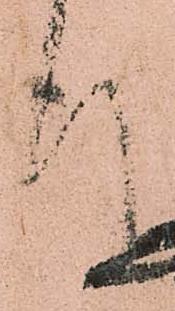
報